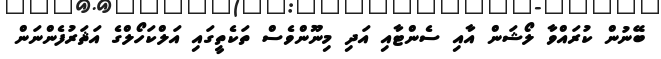
ބޭނުން ކުރައްވާ ލޯޝަން އާއި ސެންޓާއި އަދި މިނޫންވެސް ތަކެތީގައި އަލްކަހޯލްގެ އަޘަރުފެންނަން